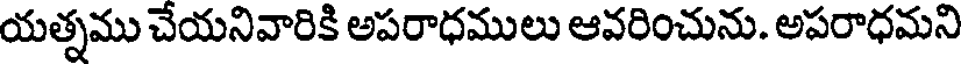
యత్నము చేయనివారికి అపరాధములు ఆవరించును. అపరాధమని